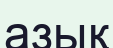
азық